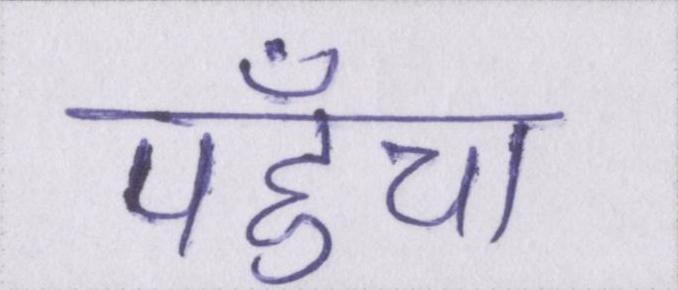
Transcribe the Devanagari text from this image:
पहुँचा